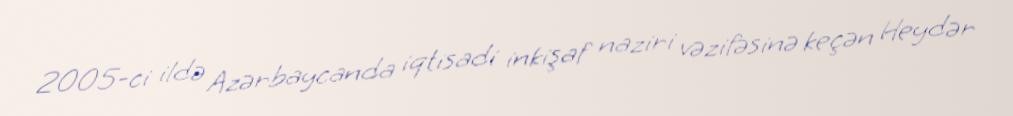
2005-ci ildə Azərbaycanda iqtisadi inkişaf naziri vəzifəsinə keçən Heydər